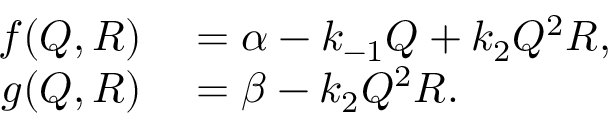
\begin{array} { r l } { f ( Q , R ) } & { { } = \alpha - k _ { - 1 } Q + k _ { 2 } Q ^ { 2 } R , } \\ { g ( Q , R ) } & { { } = \beta - k _ { 2 } Q ^ { 2 } R . } \end{array}